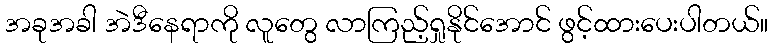
အခုအခါ အဲဒီနေရာကို လူတွေ လာကြည့်ရှုနိုင်အောင် ဖွင့်ထားပေးပါတယ်။